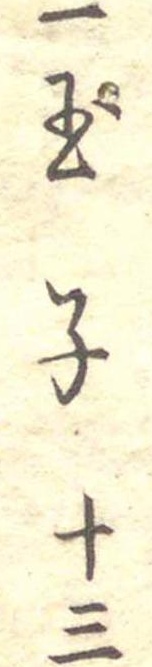
一玉子十三